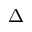
\Delta